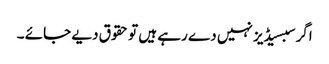
اگر سبسیڈیز نہیں دے رہے ہیں تو حقوق دیے جائے ۔